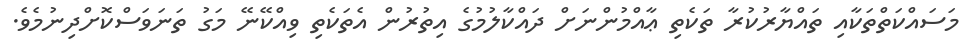
މަސައްކަތްތަކާއި ތައްޔާރުކުރާ ތަކެތި ޢާއްމުންނަށް ދައްކާލުމުގެ އިތުރުން އެތަކެތި ވިއްކޭނޭ މަގު ތަނަވަސްކޮށްދިނުމެވެ.